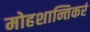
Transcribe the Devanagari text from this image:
मोहशान्तिकरं